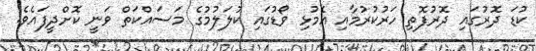
ކުޑަ ދޮރުގައި ދޮރުފޮތި ހަރުކުރުމާއި އެމުޅި ވޯޑުގައި ކުލަލުމުގެ މަސައްކަތް ވަނީ ކޮށްދީފައެވެ.